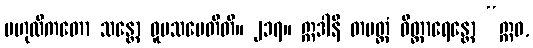
ဗဟုလီကတော သန္တော ဝူပသမေတီတိ။ ၂၁၇။ ဣဒါနိ တမတ္ထံ ဝိတ္ထာရေန္တော “ဣဓ,